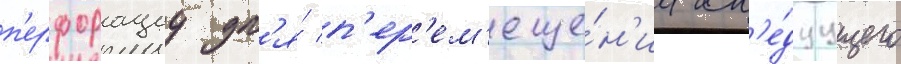
п'ерфорациу дл'я́ п'ер'ем'еще́н'иа сл'е́дуущего